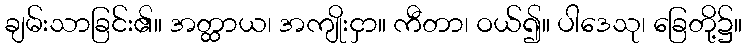
ချမ်းသာခြင်း၏။ အတ္ထာယ၊ အကျိုးငှာ။ ကီတာ၊ ဝယ်၍။ ပါဒေသု၊ ခြေတို့၌။